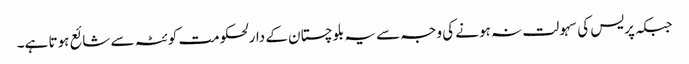
جبکہ پریس کی سہولت نہ ہونے کی وجہ سے یہ بلوچستان کے دارلحکومت کوئٹہ سے شائع ہوتا ہے۔